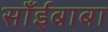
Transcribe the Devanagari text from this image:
साँईबाबा